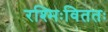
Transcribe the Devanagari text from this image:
रश्मिःविततः